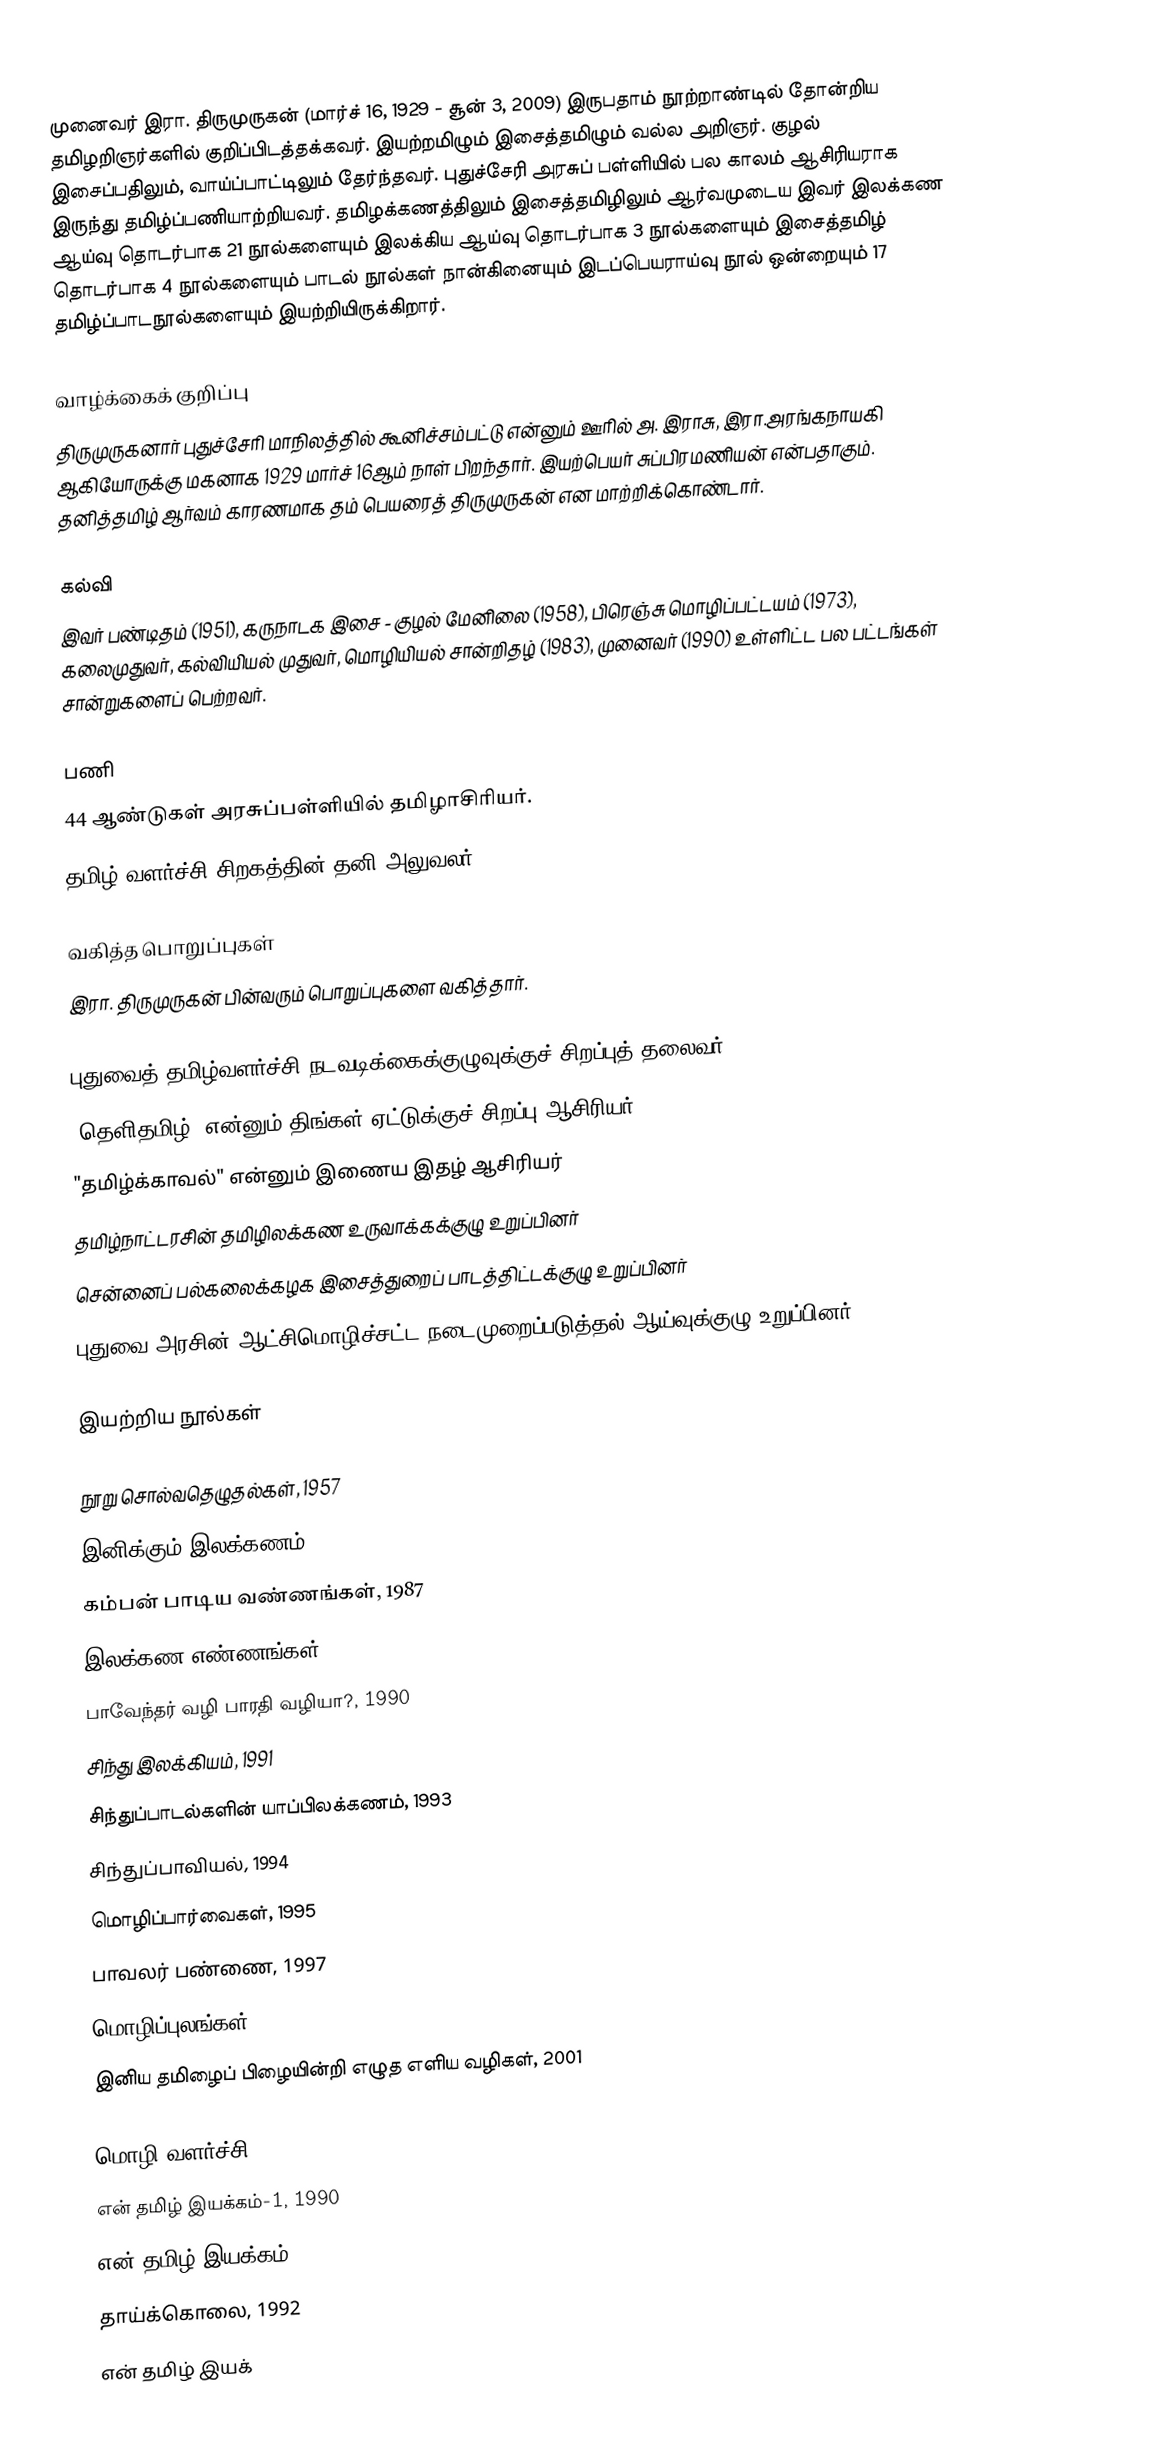
முனைவர் இரா. திருமுருகன் (மார்ச் 16, 1929 - சூன் 3, 2009) இருபதாம் நூற்றாண்டில் தோன்றிய தமிழறிஞர்களில் குறிப்பிடத்தக்கவர். இயற்றமிழும் இசைத்தமிழும் வல்ல அறிஞர். குழல் இசைப்பதிலும், வாய்ப்பாட்டிலும் தேர்ந்தவர். புதுச்சேரி அரசுப் பள்ளியில் பல காலம் ஆசிரியராக இருந்து தமிழ்ப்பணியாற்றியவர். தமிழக்கணத்திலும் இசைத்தமிழிலும் ஆர்வமுடைய இவர் இலக்கண ஆய்வு தொடர்பாக 21 நூல்களையும் இலக்கிய ஆய்வு தொடர்பாக 3 நூல்களையும் இசைத்தமிழ் தொடர்பாக 4 நூல்களையும் பாடல் நூல்கள் நான்கினையும் இடப்பெயராய்வு நூல் ஒன்றையும் 17 தமிழ்ப்பாடநூல்களையும் இயற்றியிருக்கிறார்.

வாழ்க்கைக் குறிப்பு
திருமுருகனார் புதுச்சேரி மாநிலத்தில் கூனிச்சம்பட்டு என்னும் ஊரில் அ. இராசு, இரா.அரங்கநாயகி ஆகியோருக்கு மகனாக 1929 மார்ச் 16ஆம் நாள் பிறந்தார். இயற்பெயர் சுப்பிரமணியன் என்பதாகும். தனித்தமிழ் ஆர்வம் காரணமாக தம் பெயரைத் திருமுருகன் என மாற்றிக்கொண்டார்.

கல்வி
இவர் பண்டிதம் (1951), கருநாடக இசை - குழல் மேனிலை (1958), பிரெஞ்சு மொழிப்பட்டயம் (1973), கலைமுதுவர், கல்வியியல் முதுவர், மொழியியல் சான்றிதழ் (1983), முனைவர் (1990) உள்ளிட்ட பல பட்டங்கள் சான்றுகளைப் பெற்றவர்.

பணி
 44 ஆண்டுகள் அரசுப்பள்ளியில் தமிழாசிரியர்.
 தமிழ் வளர்ச்சி சிறகத்தின் தனி அலுவலர்

வகித்த பொறுப்புகள்
இரா. திருமுருகன் பின்வரும் பொறுப்புகளை வகித்தார்.

புதுவைத் தமிழ்வளர்ச்சி நடவடிக்கைக்குழுவுக்குச் சிறப்புத் தலைவர்
"தெளிதமிழ்" என்னும் திங்கள் ஏட்டுக்குச் சிறப்பு ஆசிரியர்
"தமிழ்க்காவல்" என்னும் இணைய இதழ் ஆசிரியர்
 தமிழ்நாட்டரசின் தமிழிலக்கண உருவாக்கக்குழு உறுப்பினர்
சென்னைப் பல்கலைக்கழக இசைத்துறைப் பாடத்திட்டக்குழு உறுப்பினர்
புதுவை அரசின் ஆட்சிமொழிச்சட்ட நடைமுறைப்படுத்தல் ஆய்வுக்குழு உறுப்பினர்

இயற்றிய நூல்கள்

 நூறு சொல்வதெழுதல்கள், 1957
 இனிக்கும் இலக்கணம், 1981
 கம்பன் பாடிய வண்ணங்கள், 1987
 இலக்கண எண்ணங்கள்,1990
 பாவேந்தர் வழி பாரதி வழியா?, 1990
 சிந்து இலக்கியம், 1991
 சிந்துப்பாடல்களின் யாப்பிலக்கணம், 1993
 சிந்துப்பாவியல், 1994
 மொழிப்பார்வைகள், 1995
 பாவலர் பண்ணை, 1997
 மொழிப்புலங்கள், 1999
 இனிய தமிழைப் பிழையின்றி எழுத எளிய வழிகள், 2001

மொழி வளர்ச்சி
 என் தமிழ் இயக்கம்-1, 1990
 என் தமிழ் இயக்கம்-2, 1992
 தாய்க்கொலை, 1992
 என் தமிழ் இயக்